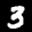
Label: 3